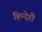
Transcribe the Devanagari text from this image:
हिन्देरी